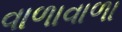
વાળાવાળા